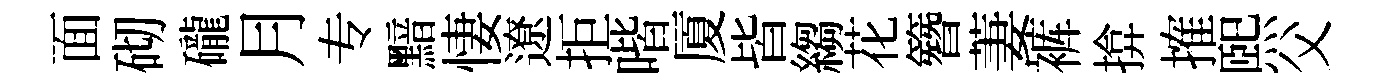
面砌礲月专黯悽遼拒喈厦皆縐花簪萋裤揜搉煕父